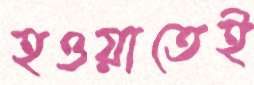
হওয়াতেই